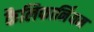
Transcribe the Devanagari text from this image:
कैलिफार्नियम